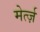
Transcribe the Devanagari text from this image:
मेर्त्ज़